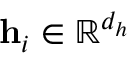
\mathbf { h } _ { i } \in \mathbb { R } ^ { d _ { h } }